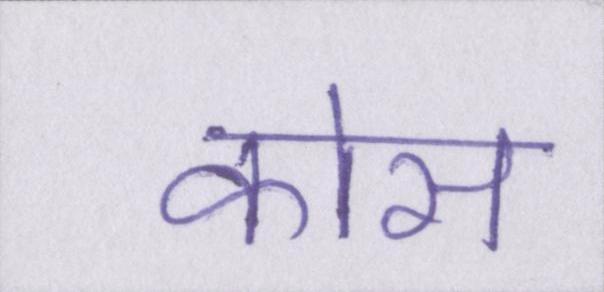
कोस